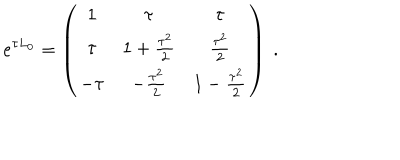
e ^ { \tau L _ { 0 } } = \left( \begin{matrix} { { \strut 1 } } & { { \tau } } & { { \tau } } \\ { { \strut \tau } } & { { 1 + { \frac { \tau ^ { 2 } } { 2 } } } } & { { { \frac { \tau ^ { 2 } } { 2 } } } } \\ { { \strut - \tau } } & { { - { \frac { \tau ^ { 2 } } { 2 } } } } & { { 1 - { \frac { \tau ^ { 2 } } { 2 } } } } \\ \end{matrix} \right) \ .